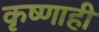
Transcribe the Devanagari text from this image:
कृष्णाही